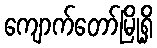
ကျောက်တော်မြို့ရှိ